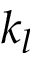
k _ { l }